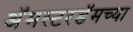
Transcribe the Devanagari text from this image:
अॅमस्टरडॅमच्या